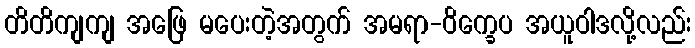
တိတိကျကျ အဖြေ မပေးတဲ့အတွက် အမရာ-ဝိက္ခေပ အယူဝါဒလို့လည်း